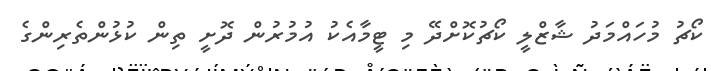
ކޯޗު މުހައްމަދު ޝާޒްލީ ކޯޗުކޮށްދޭ މި ޓީމާއެކު އުމުރުން ދޮށީ ތިން ކުޅުންތެރިންގެ